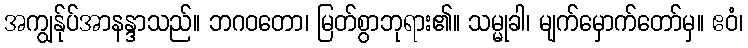
အကျွန်ုပ်အာနန္ဒာသည်။ ဘဂဝတော၊ မြတ်စွာဘုရား၏။ သမ္မုခါ၊ မျက်မှောက်တော်မှ။ ဧဝံ၊